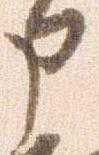
申